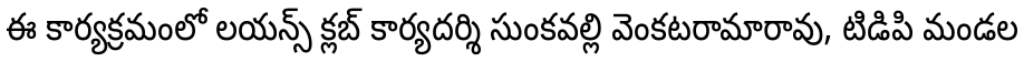
ఈ కార్యక్రమంలో లయన్స్ క్లబ్ కార్యదర్శి సుంకవల్లి వెంకటరామారావు, టిడిపి మండల